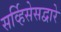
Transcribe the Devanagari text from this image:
सर्व्हिसेसद्वारे